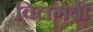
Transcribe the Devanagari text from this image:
विलगबी